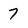
Character: 7